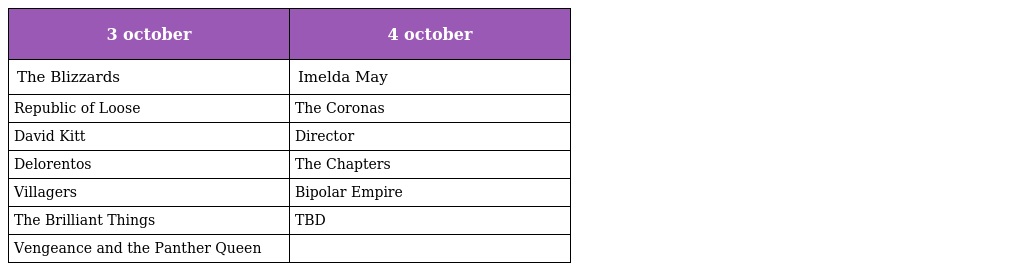
| 3 october | 4 october |
 | --- | --- |
 | The Blizzards | Imelda May |
 | Republic of Loose | The Coronas |
 | David Kitt | Director |
 | Delorentos | The Chapters |
 | Villagers | Bipolar Empire |
 | The Brilliant Things | TBD |
 | Vengeance and the Panther Queen |  |